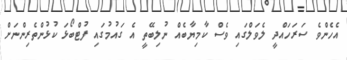
އެހެންވެ ސަރަހައްދީ ލެވަލްގައި ވެސް ކާމިޔާބެއް ނުލިބޭތީ އެ ގައުމުގައި ފުޓްބޯޅަ ކުޅުންތެރިންނަށް